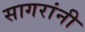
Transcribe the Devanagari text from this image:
सागरांनी